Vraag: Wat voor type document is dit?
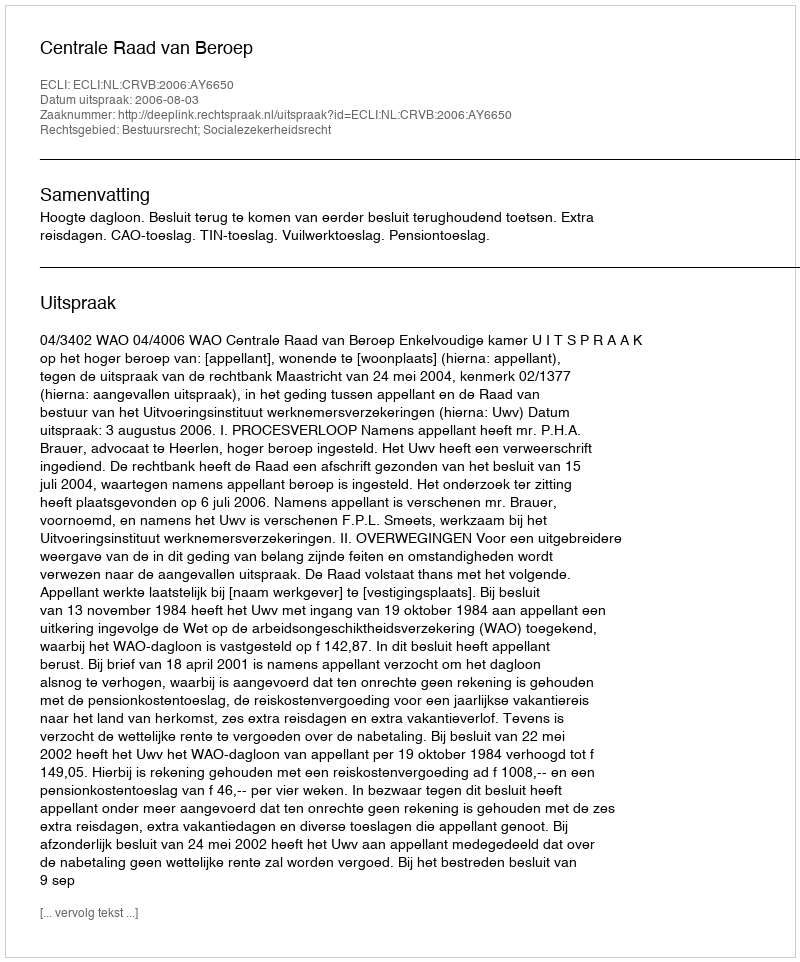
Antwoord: Uitspraak